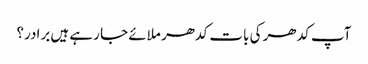
آپ کدھر کی بات کدھر ملائے جا رہے ہیں برادر؟